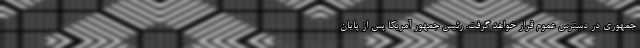
جمهوری در دسترس عموم قرار خواهد گرفت. رئیس جمهور آمریکا پس از پایان